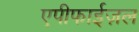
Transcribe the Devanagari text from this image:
एपीफाईज़ल